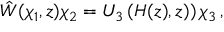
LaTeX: \hat { W } ( \chi _ { 1 } , z ) \chi _ { 2 } = U _ { 3 } \left( H ( z ) , z ) \right) \chi _ { 3 } \, ,